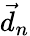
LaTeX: \vec{d}_{n}